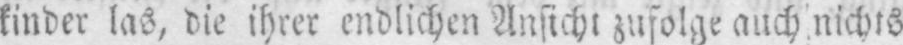
kinder las, die ihrer endlichen Ansicht zufolge auch nichts